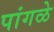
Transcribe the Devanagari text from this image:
पांगळे